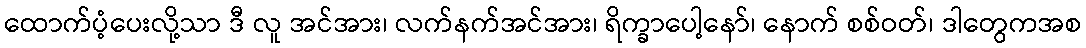
ထောက်ပံ့ပေးလို့သာ ဒီ လူ အင်အား၊ လက်နက်အင်အား၊ ရိက္ခာပေါ့နော်၊ နောက် စစ်ဝတ်၊ ဒါတွေကအစ